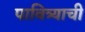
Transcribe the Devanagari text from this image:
पावित्र्याची